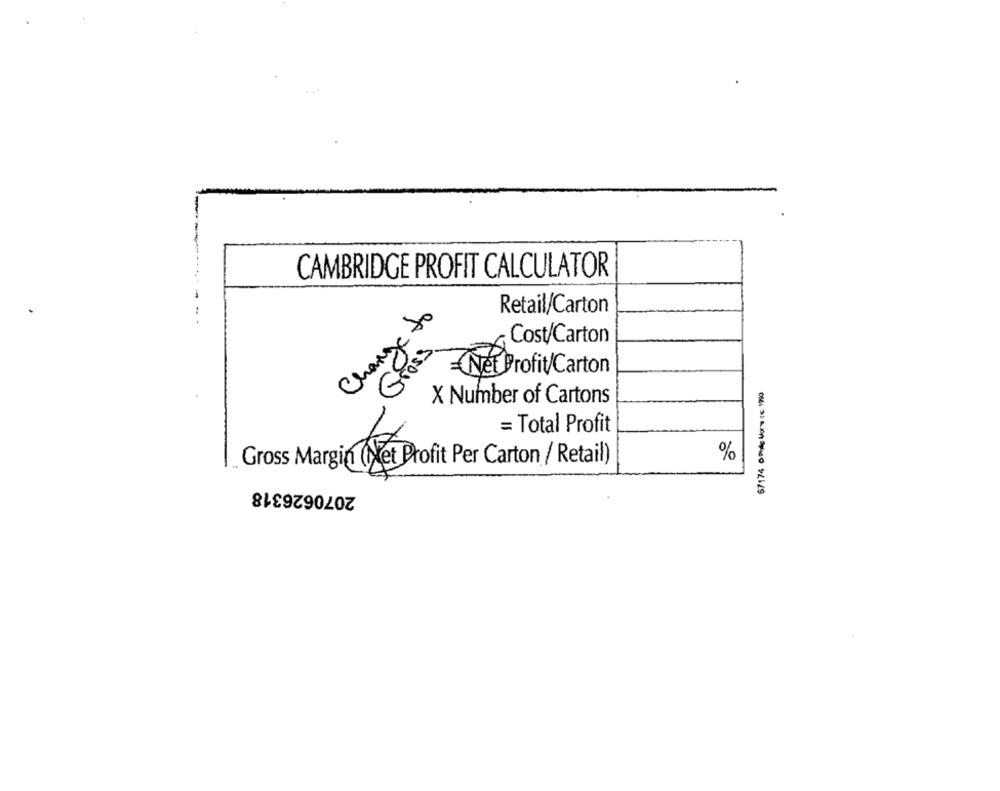
CAMBRIDGE PROFIT CALCULATOR
Change to
Retail/Carton
Cost/Carton
Gross
Net Profit/Carton
67174 om low TE 17%
X Number of Cartons
= Total Profit
%
Gross Margin (Net Profit Per Carton / Retail)
2070626318